Treatise on elephants
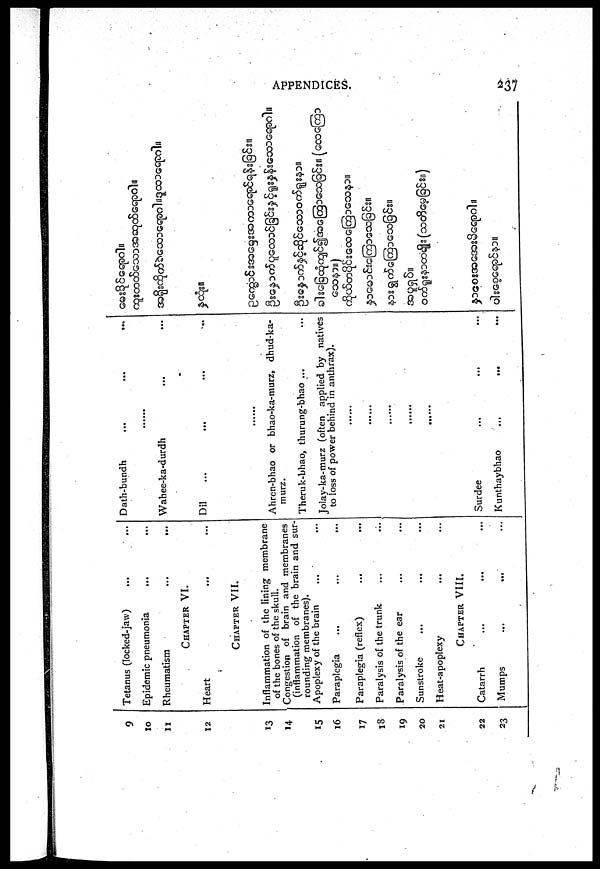
APPENDICES.
237
9
10
11
12
13
14
15
16
17
18
19
20
21
22
23
Tetanus (locked-jaw)
...
...
Epidemic pneumonia ... ...
Rheumatism
...
...
CHAPTER VI.
Heart ... ...
CHAPTER
VII.
Inflammation of the lining membrane
of the bones of the skull.
Congestion of brain and membranes
(inflammation of the brain and sur-
rounding membranes).
Apoplexy of the brain ... ...
Paraplegia ... ... ...
Paraplegia (reflex) ... ...
Paralysis of the trunk ... ...
Paralysis of the ear ... ...
Sunstroke ... ... ...
Heat-apoplexy ... ...
CHAPTER VIII.
Catarrh ... ... ...
Mumps
...
...
...
Dath-bundh
...
...
...
......
Wahee-ka-durdh ... ...
Dil... ... ... ... ...
......
Ahren-bhao or bhao-ka-murz, dhud-ka-
murz.
Theruk-bhao, thurung-bhao ... ...
Jolay-ka-murz (often applied by natives
to loss of power behind in anthrax).
......
......
......
......
Surdee ... ... ...
Kunthaybhao
...
...
...